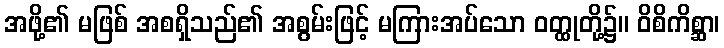
အဖို့၏ မဖြစ် အစရှိသည်၏ အစွမ်းဖြင့် မကြားအပ်သော ဝတ္ထုတို့၌။ ဝိစိကိစ္ဆာ၊